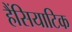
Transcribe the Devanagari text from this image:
हैंसियाटिक